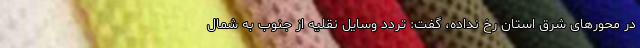
در محورهای شرق استان رخ نداده، گفت: تردد وسایل نقلیه از جنوب به شمال